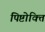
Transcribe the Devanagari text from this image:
पिष्टोक्ति